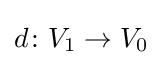
d\colon V_{1}\to V_{0}